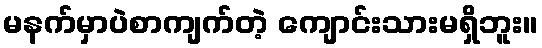
မနက်မှာပဲစာကျက်တဲ့ ကျောင်းသားမရှိဘူး။